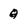
Character: Q